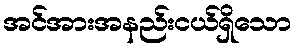
အင်အားအနည်းငယ်ရှိသော